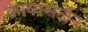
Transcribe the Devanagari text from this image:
काव्यसर्जन